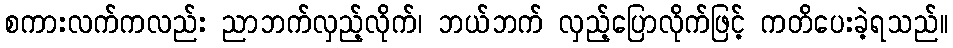
စကားလက်ကလည်း ညာဘက်လှည့်လိုက်၊ ဘယ်ဘက် လှည့်ပြောလိုက်ဖြင့် ကတိပေးခဲ့ရသည်။